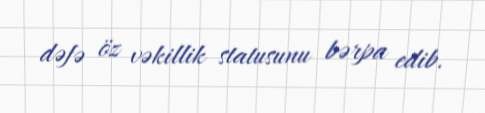
dəfə öz vəkillik statusunu bərpa edib.